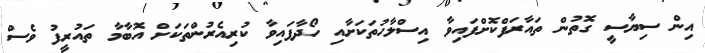
އިން ސިޔާސީ ގޮތުން ތައާރަފްކޮށްފައިވާ އިސްލާހުތަކަށާއި ހޯދާފައިވާ ކުރިއެރުންތަކަށް އޮބާމާ ތައުރީފު ވެސް